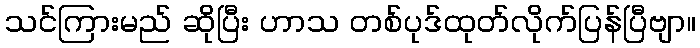
သင်ကြားမည် ဆိုပြီး ဟာသ တစ်ပုဒ်ထုတ်လိုက်ပြန်ပြီဗျာ။